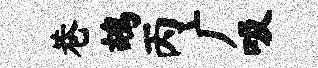
巷鸪丙广吸